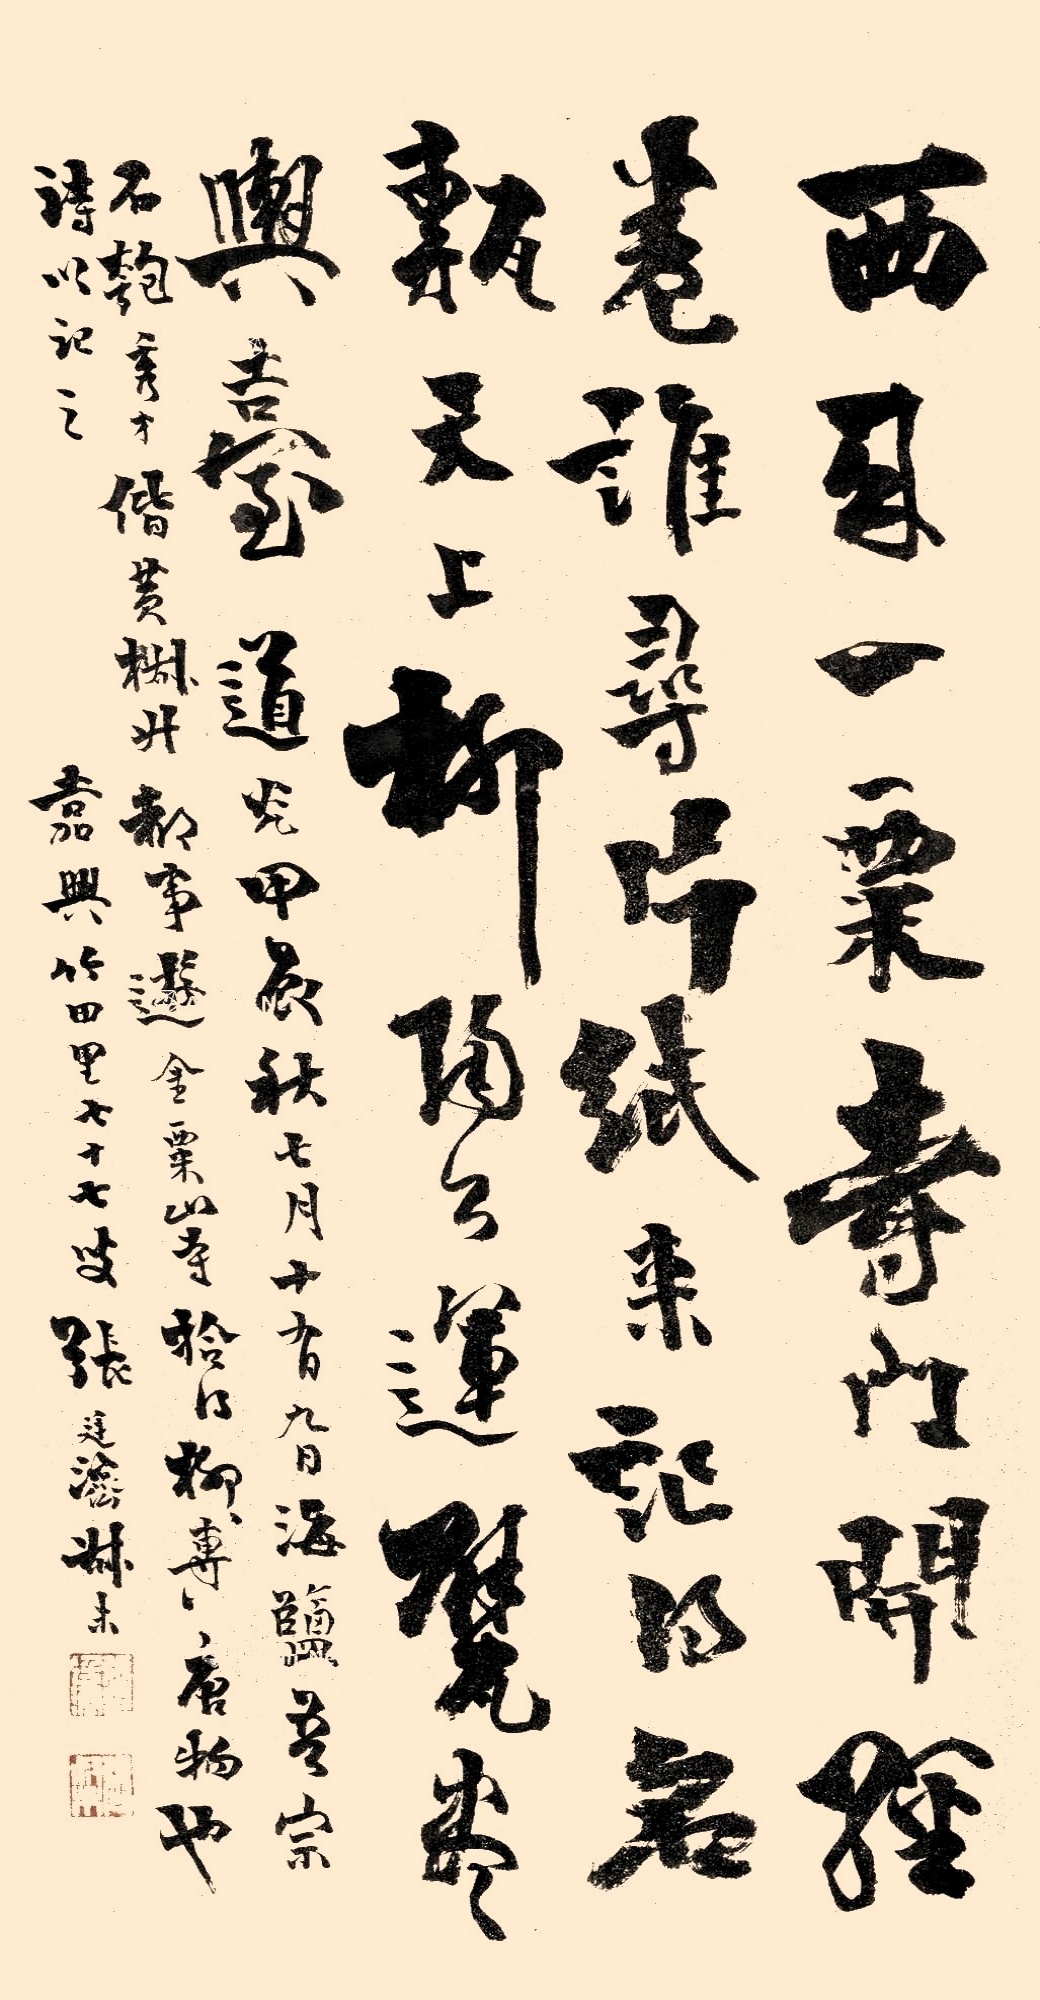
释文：西来一粟寺门开，经卷谁寻片纸来。记得名砖天上柳，陶公运甓尽与台。道光甲辰秋七月十有九日，海盐吾宗石匏秀才，偕黄树叔郝事，游金粟山寺，拾得柳专，唐物也，诗以记之。嘉兴竹田里七十七叟，张廷济叔未。